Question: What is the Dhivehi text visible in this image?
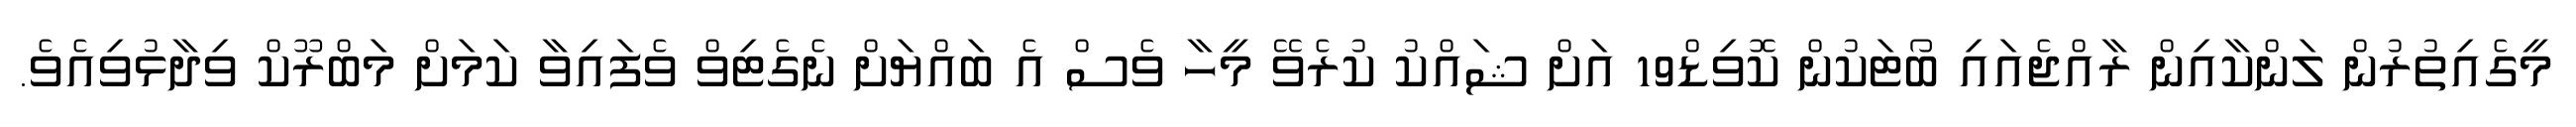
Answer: މީގެއިތުރުން ލަންކާއިން ރާއްޖެއައި ބޯޓަކުން ކޮވިޑް19 އަށް ޝައްކު ކުރެވޭ މީހާ ވެސް އެ ބައްޔަށް ނެގެޓިވް ވެފައިވާ ކަމަށް މަބްރޫކް ވިދާޅުވިއެވެ.